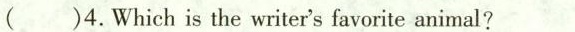
()4. Which is the writer's favorite animal?